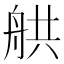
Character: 舼